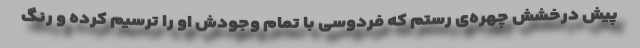
پیش درخشش چهره‌ی رستم که فردوسی با تمام وجودش او را ترسیم کرده و رنگ